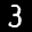
Label: 3